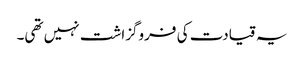
یہ قیادت کی فروگزاشت نہیں تھی۔